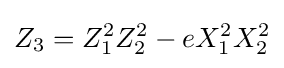
Z_{3}=Z_{1}^{2}Z_{2}^{2}-eX_{1}^{2}X_{2}^{2}